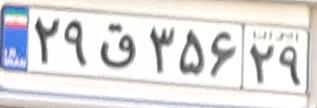
۲۹ق۳۵۶۲۹